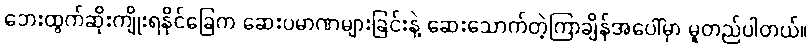
ဘေးထွက်ဆိုးကျိုးရနိုင်ခြေက ဆေးပမာဏများခြင်းနဲ့ ဆေးသောက်တဲ့ကြာချိန်အပေါ်မှာ မူတည်ပါတယ်။